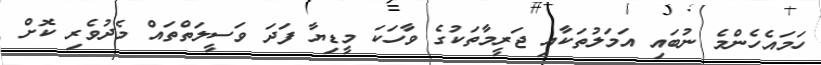
ހަމައެހެންމެ ނުބައި އަމަލުތަކާއި ޖަރީމާތަކުގެ ވާހަކަ މީޑިޔާ ފަދަ ވަސީލަތްތައް މެދުވެރި ކޮށް